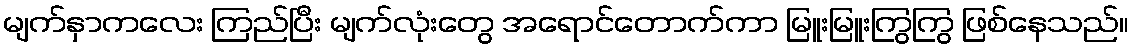
မျက်နှာကလေး ကြည်ပြီး မျက်လုံးတွေ အရောင်တောက်ကာ မြူးမြူးကြွကြွ ဖြစ်နေသည်။